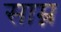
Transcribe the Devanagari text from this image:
साम्न